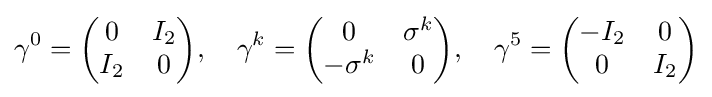
\gamma ^{0}={\begin{pmatrix}0&I_{2}\\I_{2}&0\end{pmatrix}},\quad \gamma ^{k}={\begin{pmatrix}0&\sigma ^{k}\\-\sigma ^{k}&0\end{pmatrix}},\quad \gamma ^{5}={\begin{pmatrix}-I_{2}&0\\0&I_{2}\end{pmatrix}}